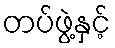
တပ်ဖွဲ့နှင့်